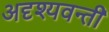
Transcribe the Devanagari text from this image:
अदृश्यवन्ती